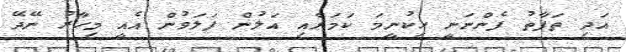
އަދި ތަފާތު ފެންނަނީ ހިކުނީމަ ކަމަށާއި އަލުން ފަލަވުން އެއީ މިހާރު ނޭދޭ